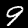
Digit: 9